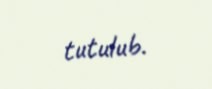
tutulub.